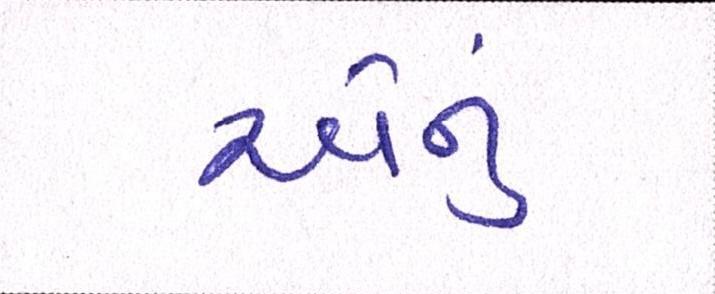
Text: એનું